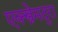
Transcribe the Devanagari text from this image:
एक्स्त्रेमदुरा